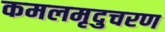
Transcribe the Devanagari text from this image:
कमलमृदुचरण